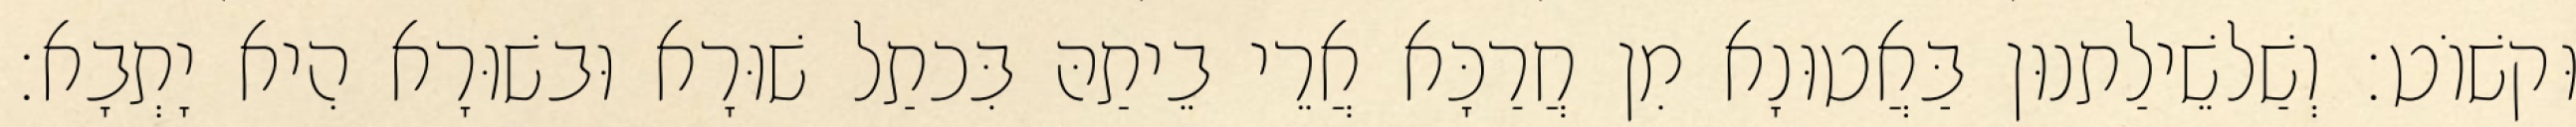
וּקשׁוֹט׃ וְשַׁלשֵׁילַתנוּן בַּאֲטוּנָא מִן חֲרַכָּא אֲרֵי בֵיתַהּ בִּכתַל שׁוּרָא וּבשׁוּרָא הִיא יָתְבָא׃